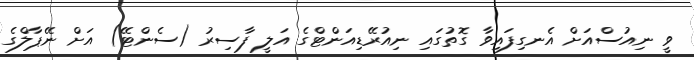
ވީ ނިއުސްއަށް އެނގިފައިވާ ގޮތުގައި ނިއުރޭޑިއަންޓްގެ އަލީ ފާސިރު (ސެންޓޭ) އަށް ނޭޕާލްގެ